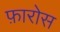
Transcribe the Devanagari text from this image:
फ़ारोस